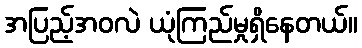
အပြည့်အဝလဲ ယုံကြည်မှုရှိနေတယ်။